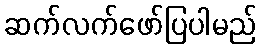
ဆက်လက်ဖော်ပြပါမည်